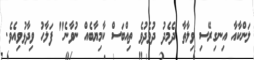
ލަންކާއާ އިނގިރޭސި ވިލާތާ ދެމެދު ދުވެދުވެ ތިއްބަސް ކާމިޔާބެއް ނުވާނެ" ފަލާހު ވިދާޅުވިއެވެ.